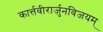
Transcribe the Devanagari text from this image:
कार्त्तवीरार्जुनविजयम्